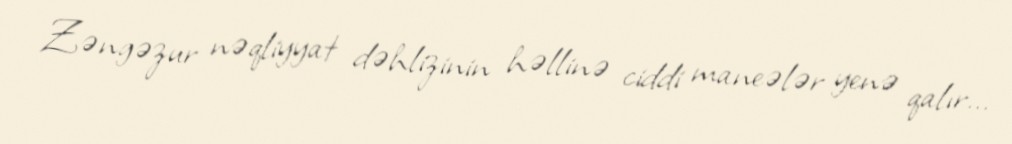
Zəngəzur nəqliyyat dəhlizinin həllinə ciddi maneələr yenə qalır...